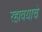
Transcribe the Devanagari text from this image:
रहावयाचे